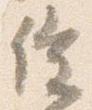
催